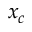
x _ { c }